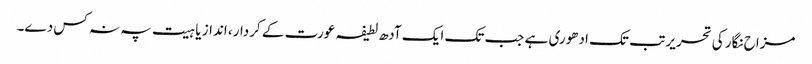
مزاح نگار کی تحریر تب تک ادھوری ہے جب تک ایک آدھ لطیفہ عورت کے کردار، انداز یا ہیت پہ نہ کس دے۔